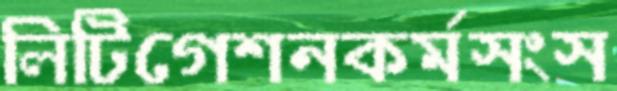
লিটিগেশনকর্মসংস